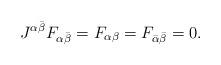
LaTeX: \begin{align*}J^{\alpha\bar \beta}F_{\alpha\bar \beta} = F_{\alpha\beta} = F_{\bar \alpha \bar \beta} = 0 .\end{align*}